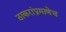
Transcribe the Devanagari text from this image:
ठाकरांप्रमाणेच